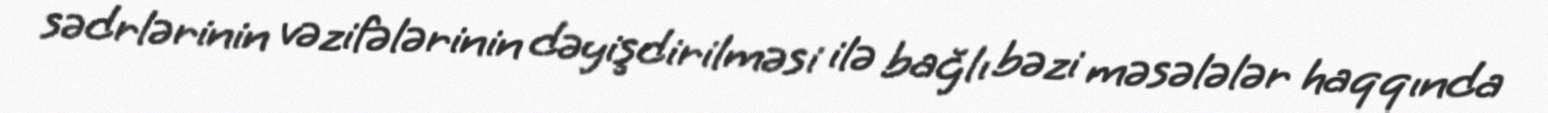
sədrlərinin vəzifələrinin dəyişdirilməsi ilə bağlı bəzi məsələlər haqqında